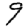
Digit: 9